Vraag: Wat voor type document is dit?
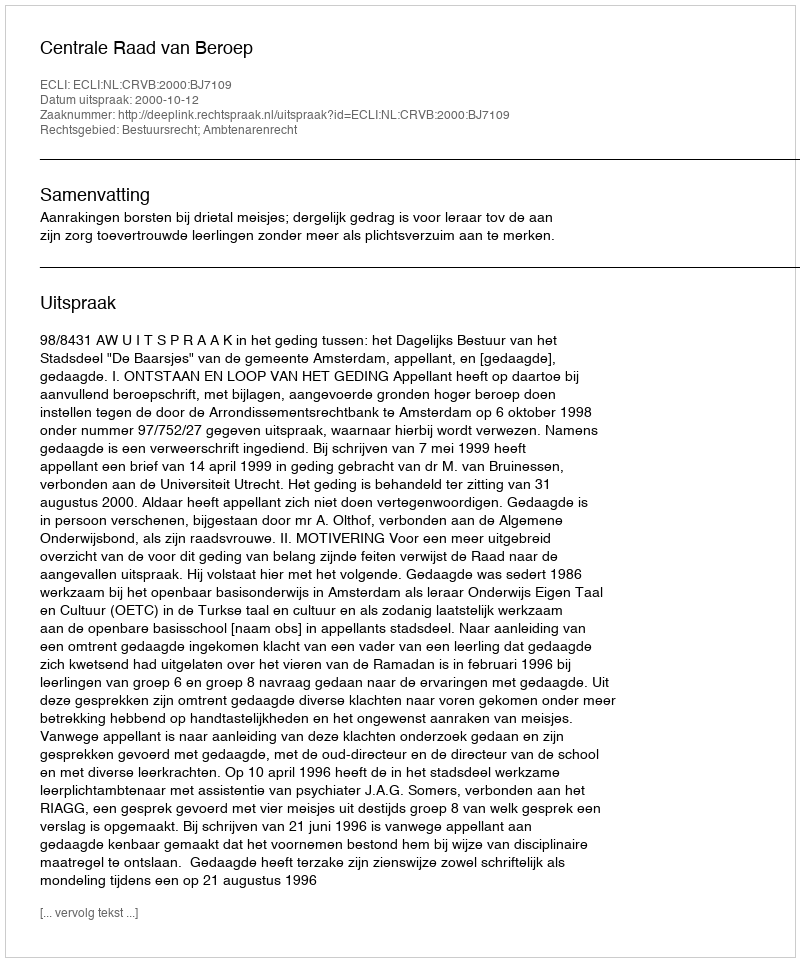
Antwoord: Uitspraak